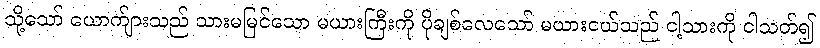
သို့သော် ယောက်ျားသည် သားမမြင်သော မယားကြီးကို ပိုချစ်လေသော် မယားငယ်သည် ငါ့သားကို ငါသတ်၍